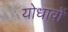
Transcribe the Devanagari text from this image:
योधावों